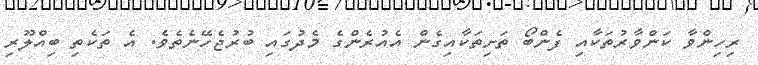
ރިހިންވާ ކަންވާރުތަކާއި ފެންބޯ ތަށިތަކާއިގެން އެއުރެންގެ މެދުގައި ބުރުޖެހޭނެތެވެ. އެ ތަކެތި ބިއްލޫރި